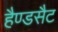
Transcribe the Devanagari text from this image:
हैण्डसैट